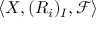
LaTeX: \langle X , ( R _ { i } ) _ { I } , { \mathcal { F } } \rangle